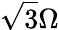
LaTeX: \sqrt{3}\Omega